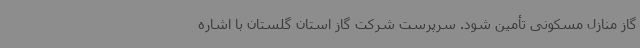
گاز منازل مسکونی تأمین شود. سرپرست شرکت گاز استان گلستان با اشاره